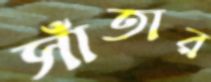
সাঁতার